Scottish Certificate of Education, 1963
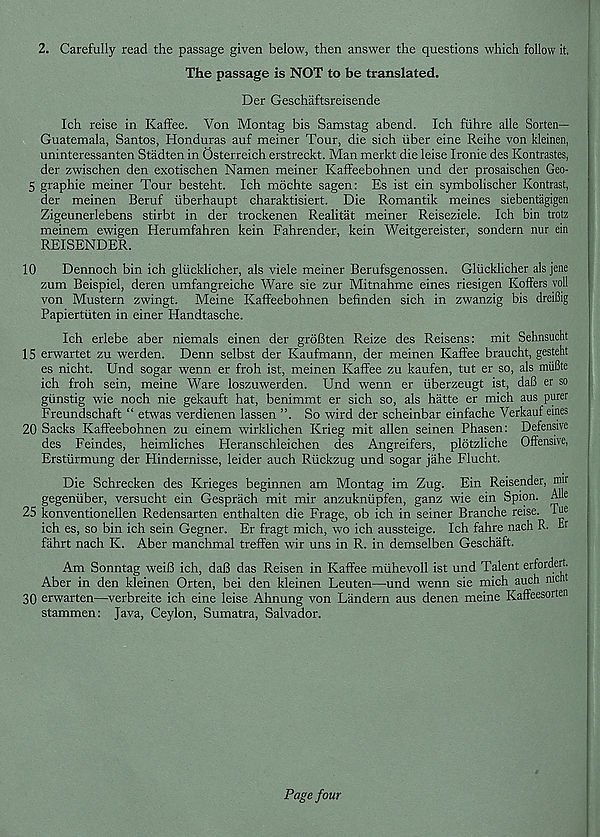
2. Carefully read the passage given below, then answer the questions which follow it,
The passage is NOT to be translated.
Der Geschaftsreisende
Ich reise in Kaffee. Yon Montag bis Samstag abend. Ich fiihre alle Sorten—
Guatemala, Santos, Honduras auf meiner Tour, die sich iiber eine Reihe von kleinen,
uninteressanten Stadten in Osterreich erstreckt. Man merkt die leise Ironie des Kontrastes,
der zwischen den exotischen Namen meiner Kaffeebohnen und der prosaischen Geo-
S graphic meiner Tour besteht. Ich mbchte sagen: Es ist ein symbolischer Kontrast,
der meinen Beruf iiberhaupt charaktisiert. Die Romantik meines siebentagigen
Zigeunerlebens stirbt in der trockenen Realitat meiner Reiseziele. Ich bin trotz
meinem ewigen Herumfahren kein Fahrender, kein Weitgereister, sondern nur ein
REISENDER.
10
Dennoch bin ich gllicklicher, als viele meiner Berufsgenossen. Gliicklicher alsjene
zum Beispiel, deren umfangreiche Ware sie zur Mitnahme eines riesigen Koffers voll
von Mustern zwingt. Meine Kaffeebohnen befinden sich in zwanzig bis dreiBig
Papiertiiten in einer Handtasche.
Ich erlebe aber niemals einen der groBten Reize des Reisens: mit Sehnsucht
15 erwartet zu werden. Denn selbst der Kaufmann, der meinen Kaffee braucht, gesteht
es nicht. Und sogar wenn er froh ist, meinen Kaffee zu kaufen, tut er so, als rmifite
ich froh sein, meine Ware loszuwerden. Und wenn er iiberzeugt ist, daB er so
giinstig wie noch nie gekauft hat, benimmt er sich so, als hatte er mich aus purer
Freundschaft “ etwas verdienen lassen
So wird der scheinbar einfache Verkauf eines
20 Sacks Kaffeebohnen zu einem wirklichen Krieg mit alien seinen Phasen: Defensive
des Feindes, heimliches Heranschleichen des Angreifers, plotzliche Offensive,
Erstiirmung der Hindernisse, leider auch Riickzug und sogar jiihe Flucht.
Die Schrecken des Krieges beginnen am Montag im Zug. Ein Reisender, mir
gegeniiber, versucht ein Gesprach mit mir anzukniipfen, ganz wie ein Spion. Alle
25 konventionellen Redensarten enthalten die Frage, ob ich in seiner Branche reise. Tue
ich es, so bin ich sein Gegner. Er fragt mich, wo ich aussteige. Ich fahre nach R. D
fahrt nach K. Aber manchmal treffen wir uns in R. in demselben Geschaft.
Am Sonntag weiB ich, daB das Reisen in Kaffee miihevoll ist und Talent erfordert.
Aber in den kleinen Orten, bei den kleinen Leuten—und wenn sie mich auch men
30 erwarten—verbreite ich eine leise Ahnung von Landern aus denen meine Kaffeesorten
stammen: Java, Ceylon, Sumatra, Salvador.
Page four